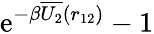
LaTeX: \mathrm{e}^{-\beta\overline{{U_{2}}}(r_{12})}-1